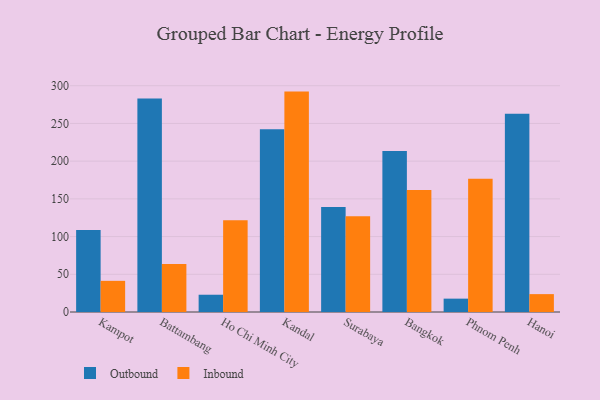
{"axis": {"x": "City", "y": "Latency (ms)"}, "legend": ["Inbound", "Outbound"], "data": [{"x": "Kampot", "y": 108.7, "type": "Outbound"}, {"x": "Kampot", "y": 41.3, "type": "Inbound"}, {"x": "Battambang", "y": 283.1, "type": "Outbound"}, {"x": "Battambang", "y": 63.6, "type": "Inbound"}, {"x": "Ho Chi Minh City", "y": 22.9, "type": "Outbound"}, {"x": "Ho Chi Minh City", "y": 121.6, "type": "Inbound"}, {"x": "Kandal", "y": 242.2, "type": "Outbound"}, {"x": "Kandal", "y": 292.2, "type": "Inbound"}, {"x": "Surabaya", "y": 139.1, "type": "Outbound"}, {"x": "Surabaya", "y": 126.8, "type": "Inbound"}, {"x": "Bangkok", "y": 213.5, "type": "Outbound"}, {"x": "Bangkok", "y": 161.9, "type": "Inbound"}, {"x": "Phnom Penh", "y": 17.7, "type": "Outbound"}, {"x": "Phnom Penh", "y": 176.5, "type": "Inbound"}, {"x": "Hanoi", "y": 262.7, "type": "Outbound"}, {"x": "Hanoi", "y": 23.7, "type": "Inbound"}]}